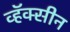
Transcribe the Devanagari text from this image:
व्हॅक्सीन